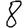
Digit: 8